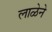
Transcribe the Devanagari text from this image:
लाळेने